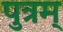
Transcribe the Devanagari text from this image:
पुत्रम्‌